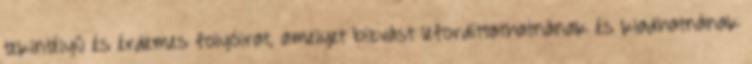
tekintélyű és érdemes folyóirat, amelyet bízvást lefordíttathatnának és kiadhatnának